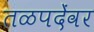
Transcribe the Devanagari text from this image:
तळपदेंवर